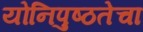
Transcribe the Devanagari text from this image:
योनिपुष्ठतेचा